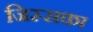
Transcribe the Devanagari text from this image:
जिस्सका